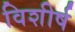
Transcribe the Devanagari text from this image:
विशीर्ष